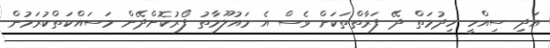
އަދި ސިއްހީ ހިދުމަތް ދޭ ފަރާތްތަކަށް ވެސް އެ މައުލޫމާތު ފޯރުކޮށްދޭން މަސައްކަތްކުރަމުން